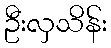
ဦးလှသိန်း